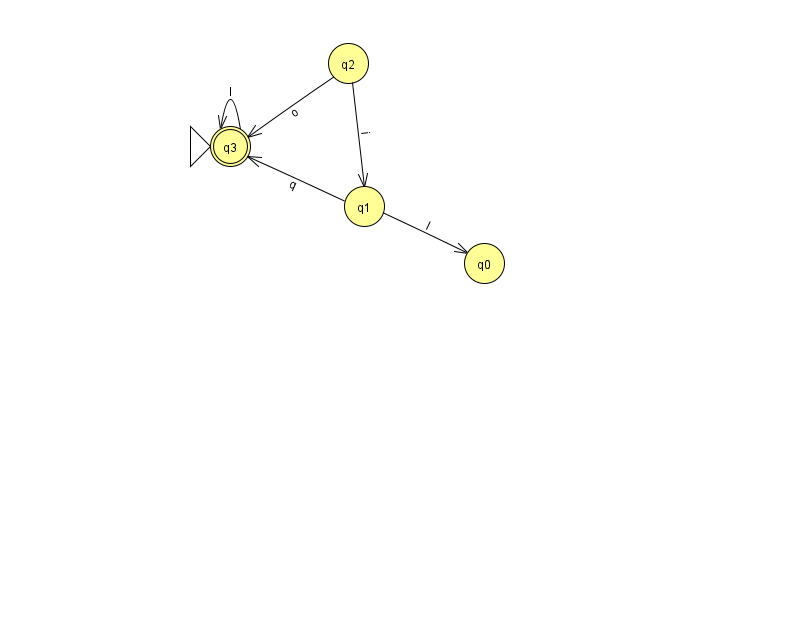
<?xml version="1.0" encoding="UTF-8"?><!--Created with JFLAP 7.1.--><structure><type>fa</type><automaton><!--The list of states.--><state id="0" name="q0"><x>484.0</x><y>250.0</y></state><state id="1" name="q1"><x>364.0</x><y>193.0</y></state><state id="2" name="q2"><x>348.0</x><y>50.0</y></state><state id="3" name="q3"><x>230.0</x><y>133.0</y><initial/><final/></state><!--The list of transitions.--><transition><from>2</from><to>1</to><read>i</read></transition><transition><from>2</from><to>3</to><read>o</read></transition><transition><from>1</from><to>3</to><read>q</read></transition><transition><from>1</from><to>0</to><read>I</read></transition><transition><from>3</from><to>3</to><read>I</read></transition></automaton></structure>